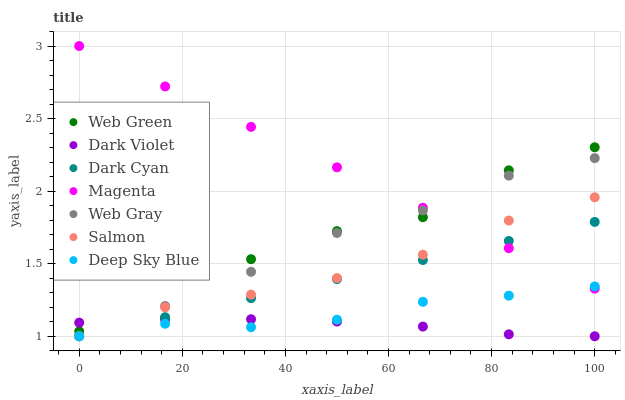
| xaxis_label | Web Green | Dark Violet | Dark Cyan | Magenta | Web Gray | Salmon | Deep Sky Blue |
 | --- | --- | --- | --- | --- | --- | --- | --- |
 | 0 | 1.03 | 1.09 | 1 | 3 | 1 | 1 | 1 |
 | 16.7 | 1.13 | 1.11 | 1.13 | 2.72 | 1.21 | 1.2 | 1.09 |
 | 33.3 | 1.53 | 1.12 | 1.26 | 2.44 | 1.44 | 1.29 | 1.06 |
 | 50 | 1.72 | 1.1 | 1.39 | 2.16 | 1.71 | 1.4 | 1.11 |
 | 66.7 | 1.82 | 1.07 | 1.53 | 1.89 | 1.87 | 1.56 | 1.24 |
 | 83.3 | 2.14 | 1.01 | 1.66 | 1.61 | 2.11 | 1.8 | 1.28 |
 | 100 | 2.3 | 1 | 1.79 | 1.33 | 2.23 | 1.96 | 1.34 |